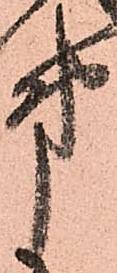
第